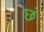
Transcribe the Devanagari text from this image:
छं